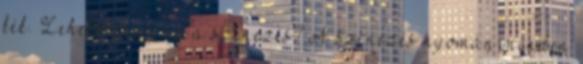
kék. Lehetséges-e ez a színezés? A színezés nyomán minden